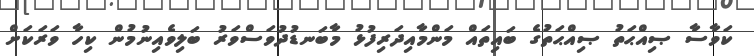
ކަވާސާ ޞިއްޙަތު ޞިއްޙަތުގެ ބައިތައް މަންމާއިދަރިފުޅު މާބަނޑުދުވަސްވަރު ބަލިވެއިނުމުން ކިހާ ވަރަކަށް